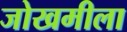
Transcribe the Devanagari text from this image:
जोखमीला